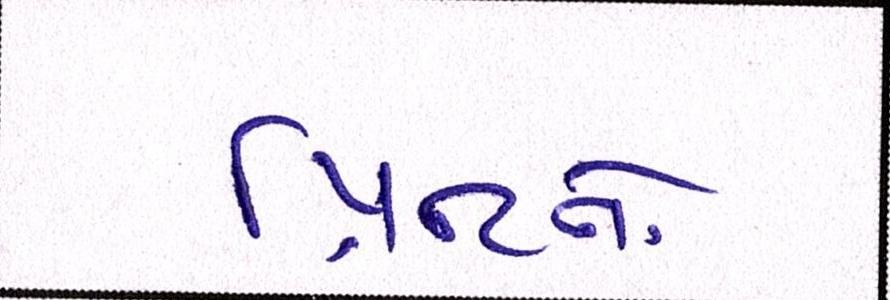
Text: પ્રિન્ટનો